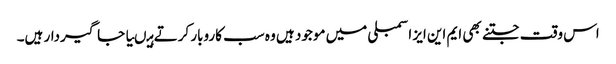
اس وقت جتنے بھی ایم این ایز اسمبلی میں موجود ہیں وہ سب کاروبار کرتے ہیںیا جاگیردار ہیں۔